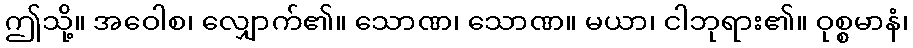
ဤသို့။ အဝေါစ၊ လျှောက်၏။ သောဏ၊ သောဏ။ မယာ၊ ငါဘုရား၏။ ဝုစ္စမာနံ၊